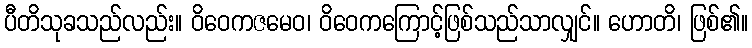
ပီတိသုခသည်လည်း။ ဝိဝေကဇမေဝ၊ ဝိဝေကကြောင့်ဖြစ်သည်သာလျှင်။ ဟောတိ၊ ဖြစ်၏။